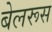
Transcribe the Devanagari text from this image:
बेलरूस